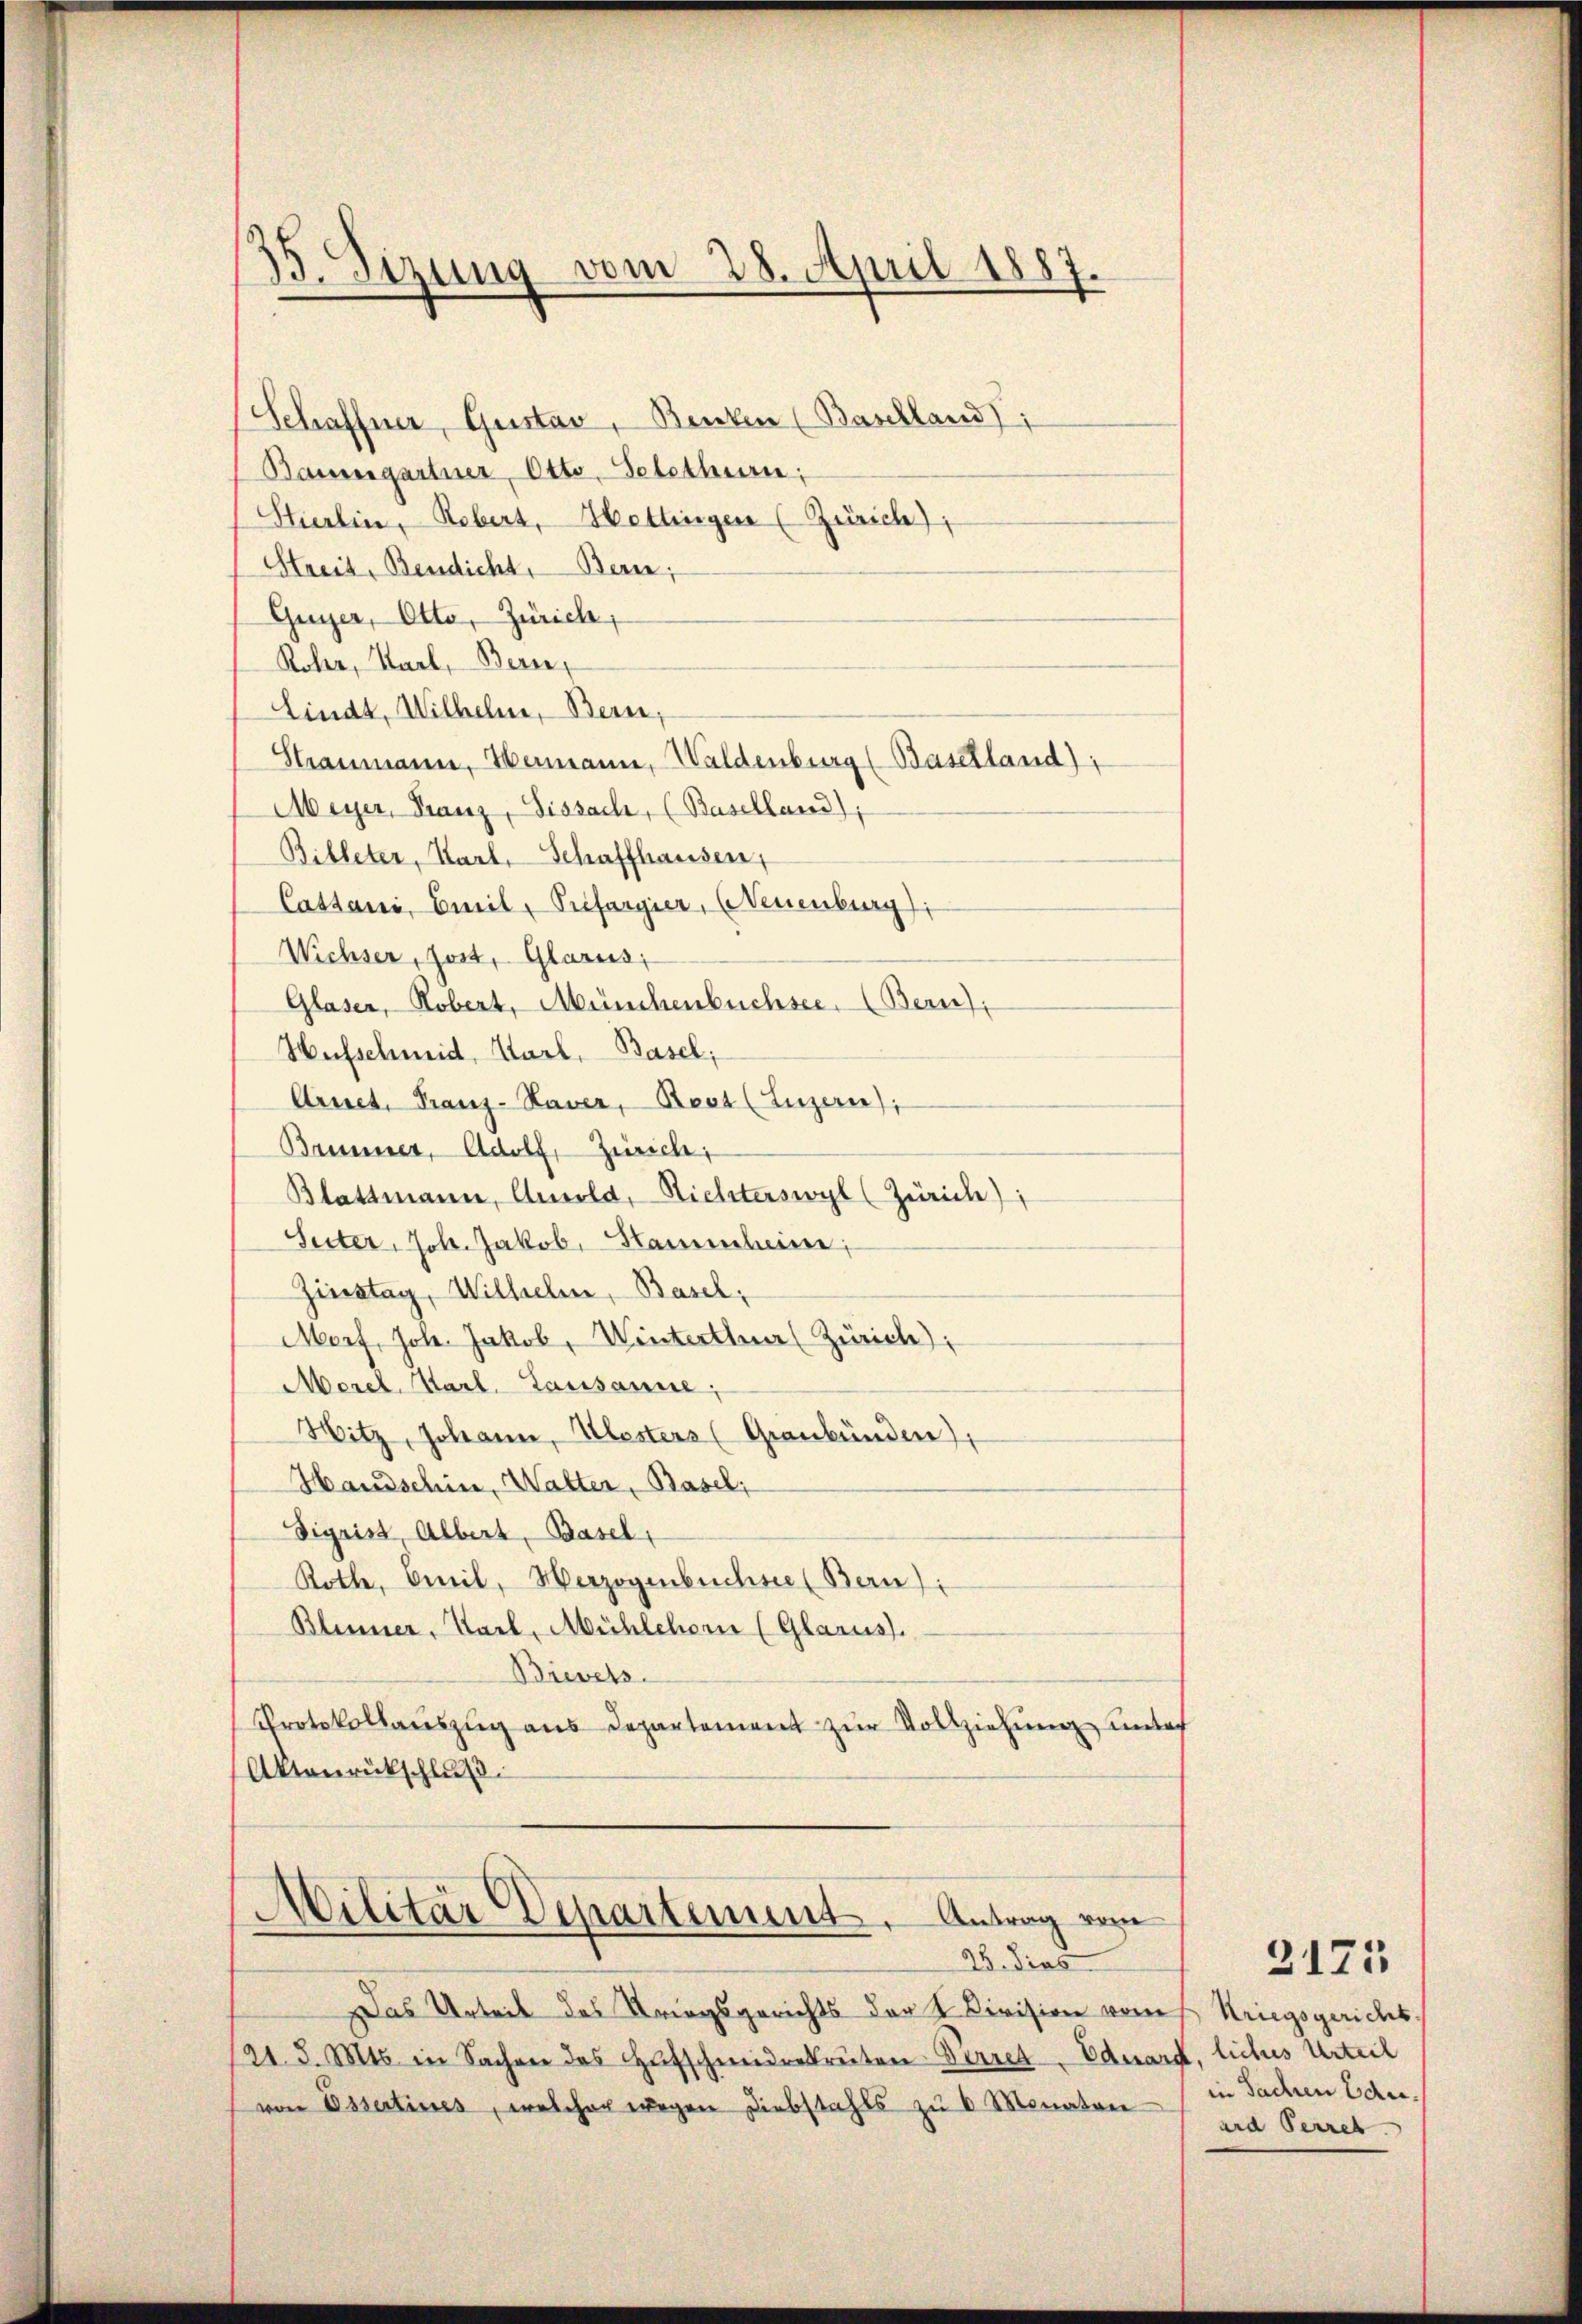
13. Sizung vom 28. April 1887.

Schaffner, Gustav, Benten (Baselland),
Baumgartner, Otto, Solothurn,
Stierlin, Rebers, Hottingen (Zürich),
Streit, Bendicht, Bern,
Guyer, Otto, Zürich,
Roler, Karl, Bern,
Lindt, Wilhelm, Bern,
Straumann, Hermann, Waldenburg (Baselland),
Meyer, Franz, Dissach, (Baselland),
Billeter, Karl, Schaffhauser,
Cassani, Emil, Prefargier, (Neuenburg)
Wichser, Jost, Glarus,
Glaser, Robert, Münchenbüchsee. (Bern),
Hufschmid, Karl, Basel;
Arnet, Franz-Haver, Rest (Luzern),
Brunner, Adolf, Zürich
Blattmann, Ausold, Nichterswyl (Zürich),
Seiter, Joh. Jakob. Stammenheine
Zinstag, Wilhelm, Basel,
Morf, Joh. Jakob, Winterthur (Zürich),
Morel Karl. Lausanne;
Hitz, Johann, Klesters (Graubünden),
Handschin, Walter, Basel;
Sigrist, Albert, Basel,
Roth, Omnil, Herzogenbuchsee (Bern):
Blinner, Karl, Mühlehorn (Glarus.
Brevets.
Protokollauszug aus Departement zur Vollziehung unter
Aktenrückschluß
Militär Departement. Antrag vom
28. dies
Das Arbeit des Kriegsgerichts der 4 Division vom
21. d. Mts. in Sachen des Hufschmidrekruten Perret, Eduard, liches Urteil
von Essertines, welcher wegen Diebstahls zu 6 Monaten

Kriegsgericht
in Sachen Eduard Perret

2175